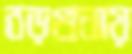
বড়গুনায়